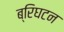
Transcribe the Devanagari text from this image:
ब्रिघटन